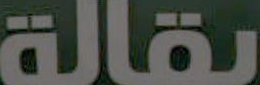
بقالة